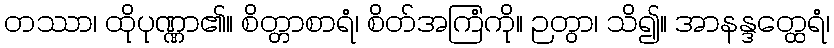
တဿာ၊ ထိုပုဏ္ဏာ၏။ စိတ္တာစာရံ၊ စိတ်အကြံကို။ ဉတွာ၊ သိ၍။ အာနန္ဒတ္ထေရံ၊